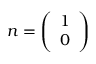
\boldsymbol { n } = \left( \begin{array} { l } { 1 } \\ { 0 } \end{array} \right)